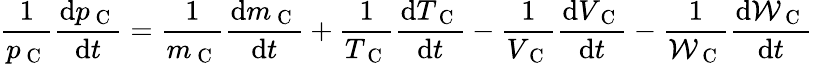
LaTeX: \frac{1}{p_{\mathrm{~C~}}}\frac{\mathrm{d}p_{\mathrm{~C~}}}{\mathrm{d}t}=\frac{1}{m_{\mathrm{~C~}}}\frac{\mathrm{d}m_{\mathrm{~C~}}}{\mathrm{d}t}+\frac{1}{T_{\mathrm{~C~}}}\frac{\mathrm{d}T_{\mathrm{~C~}}}{\mathrm{d}t}-\frac{1}{V_{\mathrm{~C~}}}\frac{\mathrm{d}V_{\mathrm{~C~}}}{\mathrm{d}t}-\frac{1}{\mathcal{W}_{\mathrm{~C~}}}\frac{\mathrm{d}\mathcal{W}_{\mathrm{~C~}}}{\mathrm{d}t}